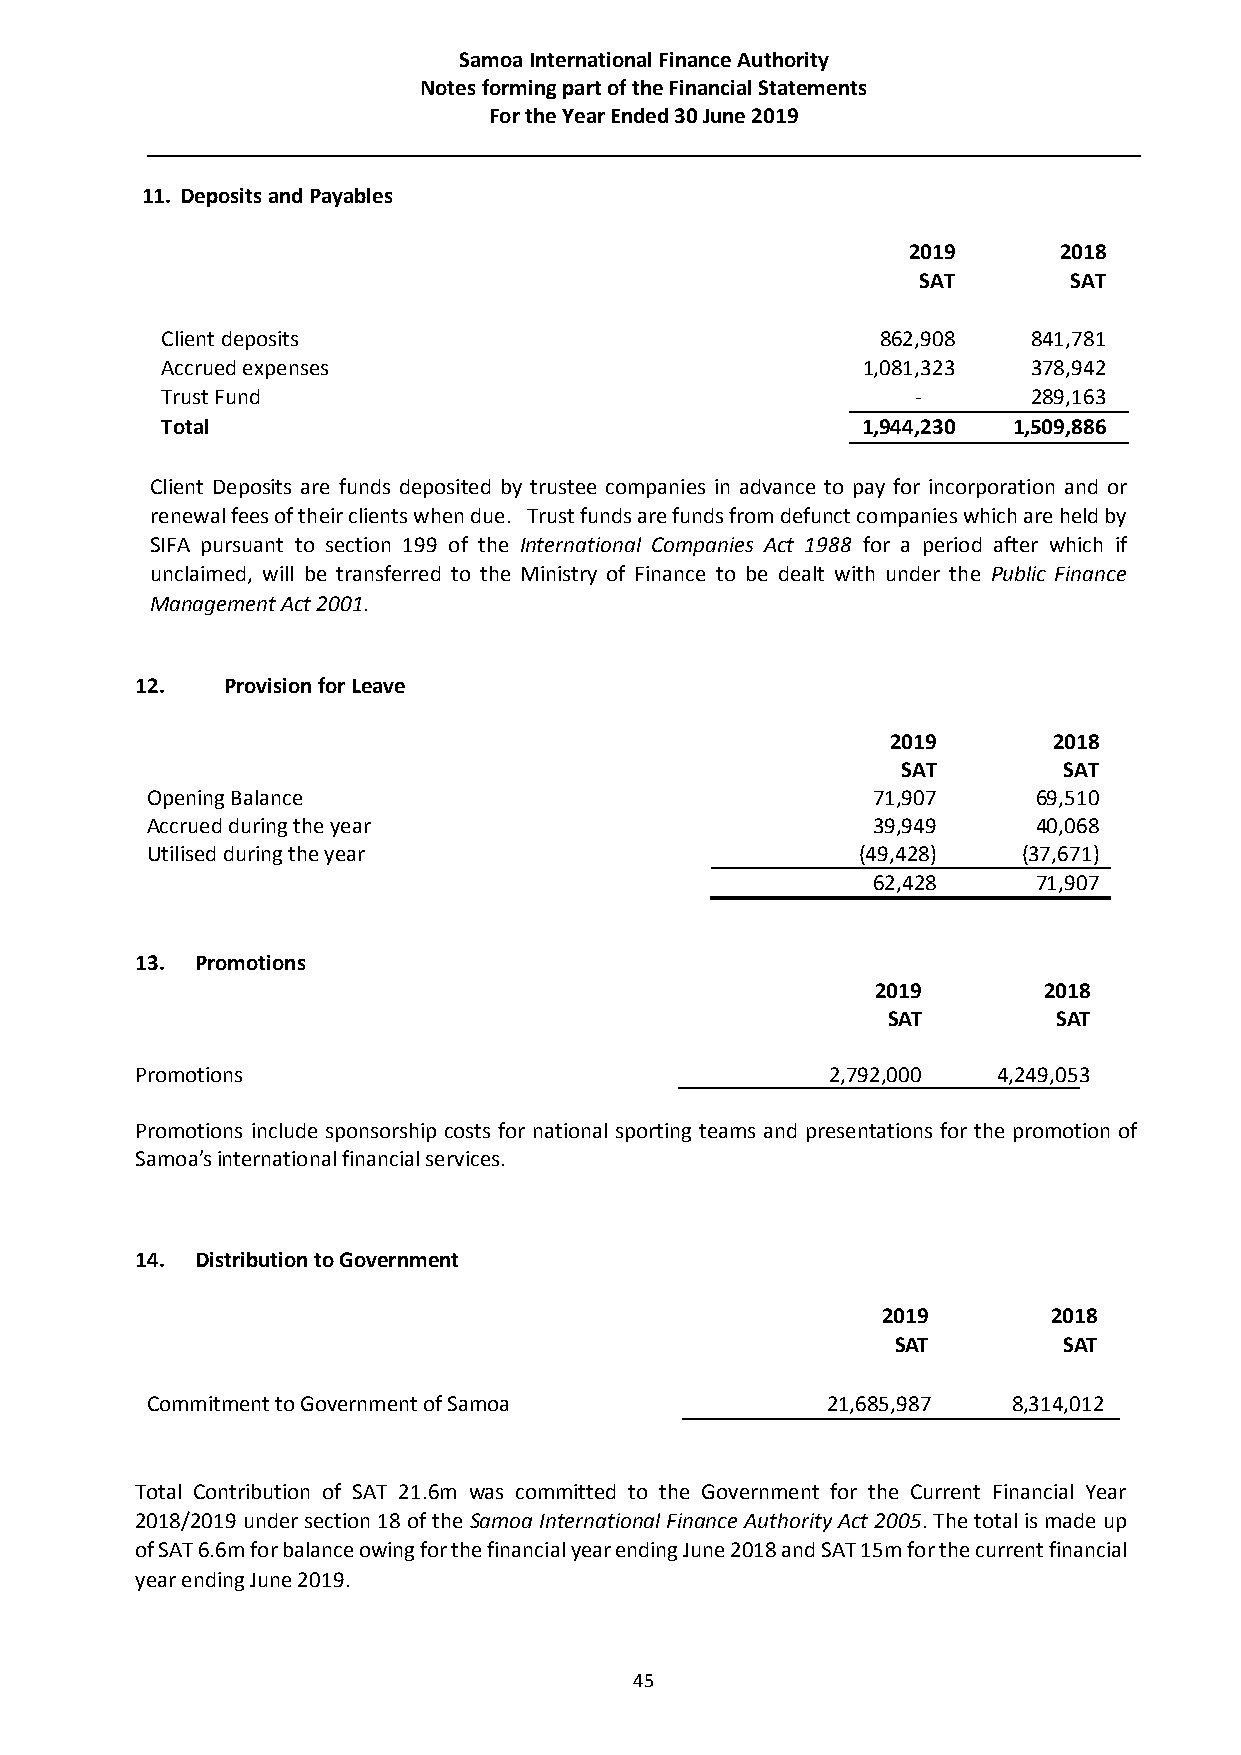
Samoa International Finance Authority
 Notes forming part of the Financial Statements
 For the Year Ended 30 June 2019
 11. Deposits and Payables
 2019      2018
 SAT       SAT
 Client deposits                                862,908   841,781
 Accrued expenses                              1,081,323  378,942
 Trust Fund                                        -      289,163
 Total                                         1,944,230 1,509,886
 Client Deposits are funds deposited by trustee companies in advance to pay for incorporation and or
 renewal fees of their clients when due. Trust funds are funds from defunct companies which are held by
 SIFA pursuant to section 199 of the International Companies Act 1988 for a period after which if
 unclaimed, will be transferred to the Ministry of Finance to be dealt with under the Public Finance
 Management Act 2001.
 12.   Provision for Leave
 2019       2018
 SAT       SAT
 Opening Balance                                 71,907     69,510
 Accrued during the year                         39,949     40,068
 Utilised during the year                       (49,428)   (37,671)
 62,428     71,907
 13. Promotions
 2019       2018
 SAT        SAT
 Promotions                                    2,792,000  4,249,053
 Promotions include sponsorship costs for national sporting teams and presentations for the promotion of
 Samoa’s international financial services.
 14. Distribution to Government
 2019        2018
 SAT        SAT
 Commitment to Government of Samoa            21,685,987  8,314,012
 Total Contribution of SAT 21.6m was committed to the Government for the Current Financial Year
 2018/2019 under section 18 of the Samoa International Finance Authority Act 2005. The total is made up
 of SAT 6.6m for balance owing for the financial year ending June 2018 and SAT 15m for the current financial
 year ending June 2019.
 45